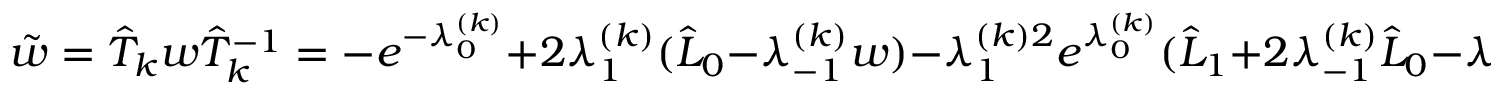
\tilde { w } = { \hat { T } _ { k } } w { \hat { T } _ { k } } ^ { - 1 } = - e ^ { - \lambda _ { 0 } ^ { ( k ) } } + 2 \lambda _ { 1 } ^ { ( k ) } ( \hat { L } _ { 0 } - \lambda _ { - 1 } ^ { ( k ) } w ) - \lambda _ { 1 } ^ { ( k ) 2 } e ^ { \lambda _ { 0 } ^ { ( k ) } } ( \hat { L } _ { 1 } + 2 \lambda _ { - 1 } ^ { ( k ) } \hat { L } _ { 0 } - { \lambda _ { - 1 } ^ { ( k ) 2 } } w ) ,